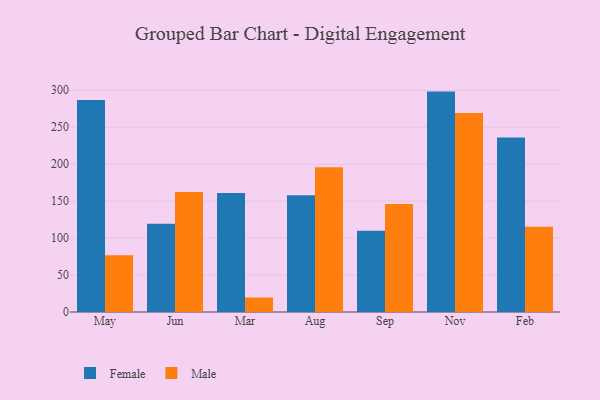
{"axis": {"x": "Month", "y": "Gross Profit (USD K)"}, "legend": ["Female", "Male"], "data": [{"x": "May", "y": 286.7, "type": "Female"}, {"x": "May", "y": 76.9, "type": "Male"}, {"x": "Jun", "y": 119.3, "type": "Female"}, {"x": "Jun", "y": 162.3, "type": "Male"}, {"x": "Mar", "y": 161.1, "type": "Female"}, {"x": "Mar", "y": 19.6, "type": "Male"}, {"x": "Aug", "y": 157.8, "type": "Female"}, {"x": "Aug", "y": 195.9, "type": "Male"}, {"x": "Sep", "y": 110.0, "type": "Female"}, {"x": "Sep", "y": 146.0, "type": "Male"}, {"x": "Nov", "y": 298.2, "type": "Female"}, {"x": "Nov", "y": 269.4, "type": "Male"}, {"x": "Feb", "y": 236.1, "type": "Female"}, {"x": "Feb", "y": 115.2, "type": "Male"}]}